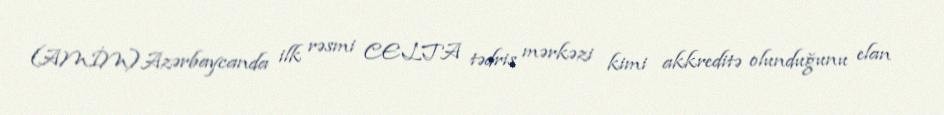
(AMİM)Azərbaycanda ilk rəsmi CELTA tədris mərkəzi kimi akkreditə olunduğunu elan